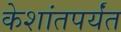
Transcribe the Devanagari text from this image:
केशांतपर्यंत